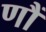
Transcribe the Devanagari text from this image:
णौं